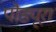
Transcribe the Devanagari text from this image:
पौड्यूरा